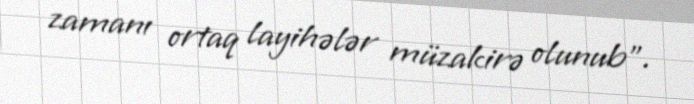
zamanı ortaq layihələr müzakirə olunub”.